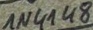
Text: 1N4148